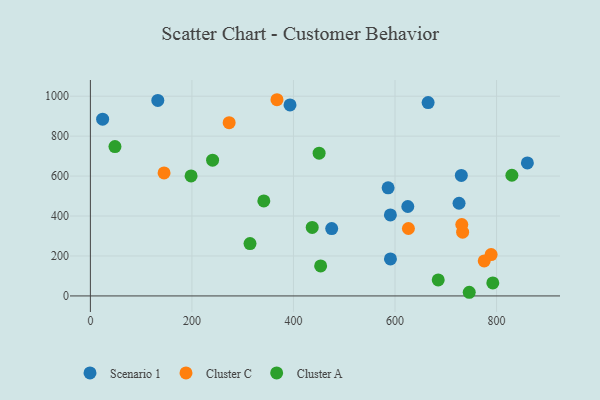
{"axis": {"x": "Experience", "y": "Sales"}, "legend": ["Cluster A", "Cluster C", "Scenario 1"], "data": [{"x": "586.4", "y": 541.2, "type": "Scenario 1"}, {"x": "625.2", "y": 447.7, "type": "Scenario 1"}, {"x": "24.1", "y": 884.9, "type": "Scenario 1"}, {"x": "860.7", "y": 665.7, "type": "Scenario 1"}, {"x": "726.1", "y": 464.0, "type": "Scenario 1"}, {"x": "665.2", "y": 967.9, "type": "Scenario 1"}, {"x": "730.6", "y": 603.2, "type": "Scenario 1"}, {"x": "590.9", "y": 405.8, "type": "Scenario 1"}, {"x": "591.0", "y": 185.4, "type": "Scenario 1"}, {"x": "393.2", "y": 956.3, "type": "Scenario 1"}, {"x": "132.8", "y": 978.6, "type": "Scenario 1"}, {"x": "475.3", "y": 337.0, "type": "Scenario 1"}, {"x": "733.2", "y": 319.4, "type": "Cluster C"}, {"x": "626.4", "y": 337.5, "type": "Cluster C"}, {"x": "789.3", "y": 207.2, "type": "Cluster C"}, {"x": "145.1", "y": 615.7, "type": "Cluster C"}, {"x": "731.5", "y": 357.6, "type": "Cluster C"}, {"x": "775.7", "y": 175.4, "type": "Cluster C"}, {"x": "367.5", "y": 982.3, "type": "Cluster C"}, {"x": "273.3", "y": 867.6, "type": "Cluster C"}, {"x": "198.3", "y": 600.9, "type": "Cluster A"}, {"x": "436.9", "y": 342.8, "type": "Cluster A"}, {"x": "453.5", "y": 150.0, "type": "Cluster A"}, {"x": "341.6", "y": 475.7, "type": "Cluster A"}, {"x": "450.5", "y": 714.6, "type": "Cluster A"}, {"x": "746.2", "y": 18.3, "type": "Cluster A"}, {"x": "48.4", "y": 747.8, "type": "Cluster A"}, {"x": "685.1", "y": 79.9, "type": "Cluster A"}, {"x": "792.6", "y": 65.2, "type": "Cluster A"}, {"x": "830.2", "y": 604.1, "type": "Cluster A"}, {"x": "240.7", "y": 679.8, "type": "Cluster A"}, {"x": "314.4", "y": 262.2, "type": "Cluster A"}]}